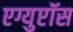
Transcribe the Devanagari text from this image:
एग्युप्टॉस